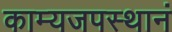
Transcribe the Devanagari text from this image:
काम्यजपस्थानं